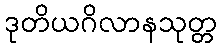
ဒုတိယဂိလာနသုတ္တ